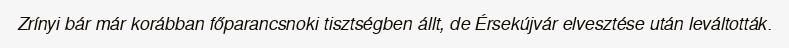
Zrínyi bár már korábban főparancsnoki tisztségben állt, de Érsekújvár elvesztése után leváltották.